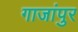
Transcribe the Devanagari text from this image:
गाजांपुर